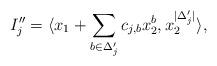
LaTeX: \begin{align*} I''_j = \langle x_1 + \sum_{b \in \Delta'_j} c_{j,b} x_2^b, x_2^{|\Delta'_j|} \rangle , \end{align*}